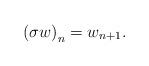
LaTeX: \begin{align*}\left(\sigma w\right)_{n}=w_{n+1}.\end{align*}